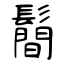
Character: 鬝